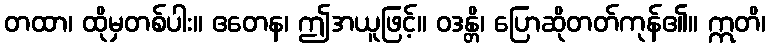
တထာ၊ ထိုမှတစ်ပါး။ ဧတေန၊ ဤအယူဖြင့်။ ဝဒန္တိ၊ ပြောဆိုတတ်ကုန်၏။ ဣတိ၊